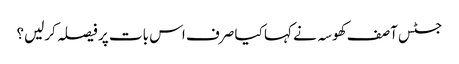
جسٹس آصف کھوسہ نے کہا کیا صرف اس بات پر فیصلہ کرلیں؟